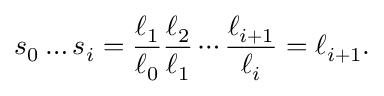
s _ { 0 } \ldots s _ { i } = { \frac { \ell _ { 1 } } { \ell _ { 0 } } } { \frac { \ell _ { 2 } } { \ell _ { 1 } } } \cdots { \frac { \ell _ { i + 1 } } { \ell _ { i } } } = \ell _ { i + 1 } .